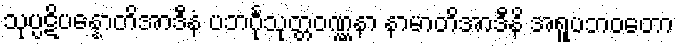
သုပ္ပဋိပန္နောတိအာဒီနံ ပဘင်္ဂုသုတ္တဝဏ္ဏနာ နာမာတိအာဒီနိ အရူပဘဝတော